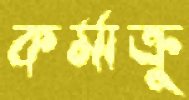
কর্মাক্রু